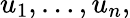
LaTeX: u_{1},\ldots,u_{n},